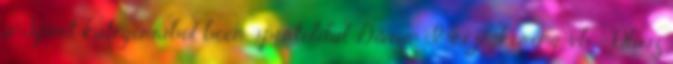
a Sport kategóriából boon-sportoldal Divízió I-es jégkorong-vb – Olasz